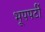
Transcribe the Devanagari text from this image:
भूपपर्टी